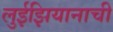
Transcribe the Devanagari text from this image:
लुईझियानाची